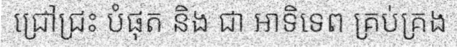
ជ្រៅជ្រះ បំផុត និង ជា អាទិទេព គ្រប់គ្រង